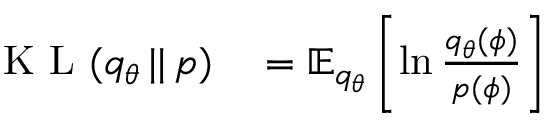
\begin{array} { r l } { \textrm { K L } ( q _ { \theta } \, | | \, p ) } & { { } = \mathbb { E } _ { q _ { \theta } } \left[ \ln \frac { q _ { \theta } ( \phi ) } { p ( \phi ) } \right] } \end{array}